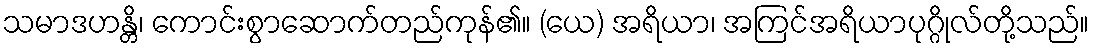
သမာဒဟန္တိ၊ ကောင်းစွာဆောက်တည်ကုန်၏။ (ယေ) အရိယာ၊ အကြင်အရိယာပုဂ္ဂိုလ်တို့သည်။